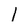
Character: 1